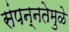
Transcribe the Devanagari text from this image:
संपन्नतेमुळे